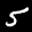
Label: 5